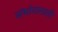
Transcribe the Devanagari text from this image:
संभोगासाठी